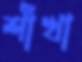
শাঁখা